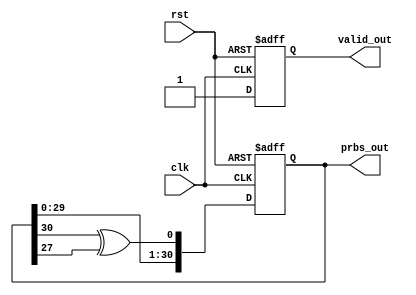
module prbs(

    input             clk,
    input             rst,

    output reg [30:0] prbs_out,
    output reg        valid_out
);

always @(posedge clk or posedge rst)
    if (rst)
        prbs_out <= 'd2;
    else
        prbs_out <= {prbs_out[29:0], prbs_out[30]^prbs_out[27]};

always @(posedge clk or posedge rst)
    if (rst)
        valid_out <= 1'b0;
    else
        valid_out <= 1'b1;

endmodule